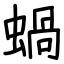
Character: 蝸